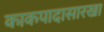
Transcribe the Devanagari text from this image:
काकपादासारखा